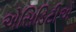
એસિડિટીએ